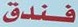
فندق